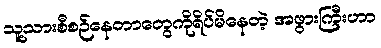
သူ့သားစီစဉ်နေတာတွေကိုရိပ်မိနေတဲ့ အဖွားကြီးဟာ